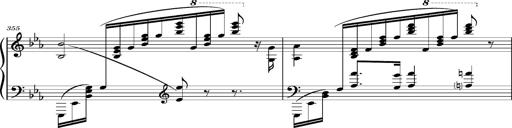
Title: Magyar rapszÃ³diÃ¡k
Composer: Franz Liszt